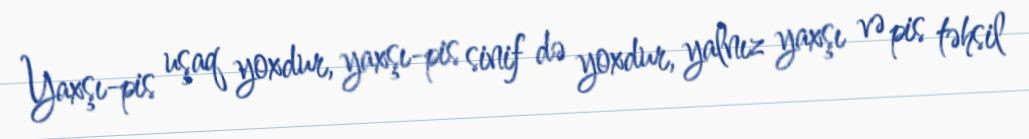
Yaxşı-pis uşaq yoxdur, yaxşı-pis sinif də yoxdur, yalnız yaxşı və pis təhsil